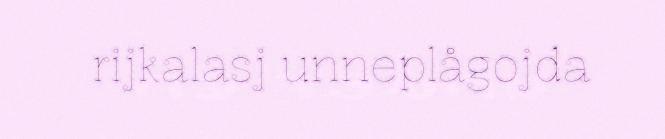
rijkalasj unneplågojda